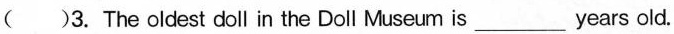
()3. The oldest doll in the Doll Museum is___years old.